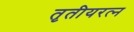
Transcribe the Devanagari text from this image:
तृतीयरत्‍न